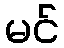
မင်